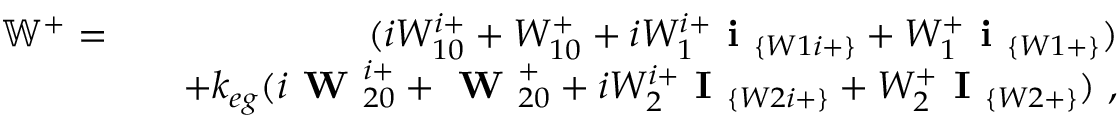
\begin{array} { r l r } { \mathbb { W } ^ { + } = } & { } & { ( i W _ { 1 0 } ^ { i + } + W _ { 1 0 } ^ { + } + i W _ { 1 } ^ { i + } \textbf { i } _ { \{ W 1 i + \} } + W _ { 1 } ^ { + } \textbf { i } _ { \{ W 1 + \} } ) } \\ & { } & { + k _ { e g } ( i \textbf { W } _ { 2 0 } ^ { i + } + \textbf { W } _ { 2 0 } ^ { + } + i W _ { 2 } ^ { i + } \textbf { I } _ { \{ W 2 i + \} } + W _ { 2 } ^ { + } \textbf { I } _ { \{ W 2 + \} } ) ~ , } \end{array}